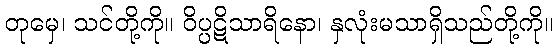
တုမှေ၊ သင်တို့ကို။ ဝိပ္ပဋိသာရိနော၊ နှလုံးမသာရှိသည်တို့ကို။